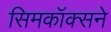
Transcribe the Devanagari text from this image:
सिमकॉक्सने